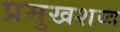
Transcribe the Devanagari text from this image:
प्रमुखशब्द